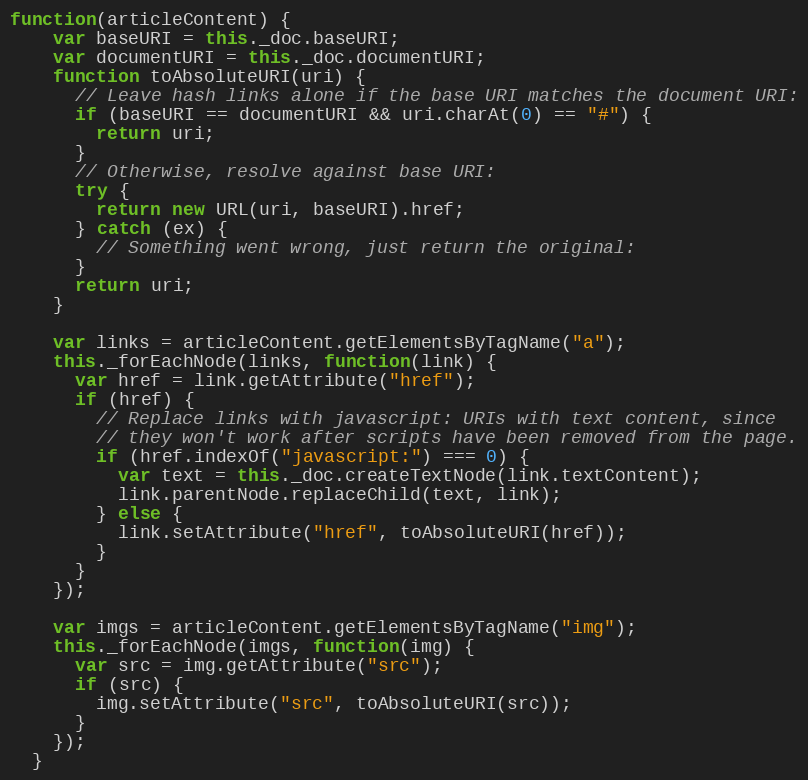
Language: JavaScript
function(articleContent) {
    var baseURI = this._doc.baseURI;
    var documentURI = this._doc.documentURI;
    function toAbsoluteURI(uri) {
      // Leave hash links alone if the base URI matches the document URI:
      if (baseURI == documentURI && uri.charAt(0) == "#") {
        return uri;
      }
      // Otherwise, resolve against base URI:
      try {
        return new URL(uri, baseURI).href;
      } catch (ex) {
        // Something went wrong, just return the original:
      }
      return uri;
    }

    var links = articleContent.getElementsByTagName("a");
    this._forEachNode(links, function(link) {
      var href = link.getAttribute("href");
      if (href) {
        // Replace links with javascript: URIs with text content, since
        // they won't work after scripts have been removed from the page.
        if (href.indexOf("javascript:") === 0) {
          var text = this._doc.createTextNode(link.textContent);
          link.parentNode.replaceChild(text, link);
        } else {
          link.setAttribute("href", toAbsoluteURI(href));
        }
      }
    });

    var imgs = articleContent.getElementsByTagName("img");
    this._forEachNode(imgs, function(img) {
      var src = img.getAttribute("src");
      if (src) {
        img.setAttribute("src", toAbsoluteURI(src));
      }
    });
  }